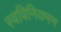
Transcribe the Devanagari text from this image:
स्वविनियमन